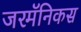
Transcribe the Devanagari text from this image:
जरमॅनिकस